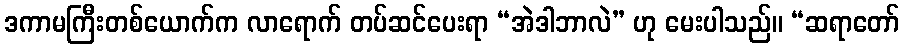
ဒကာမကြီးတစ်ယောက်က လာရောက် တပ်ဆင်ပေးရာ “အဲဒါဘာလဲ” ဟု မေးပါသည်။ “ဆရာတော်